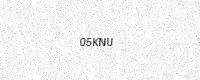
Text: 05KNU